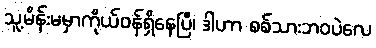
သူ့မိန်းမမှာကိုယ်ဝန်ရှိနေပြီ၊ ဒါဟာ စစ်သားဘဝပဲလေ